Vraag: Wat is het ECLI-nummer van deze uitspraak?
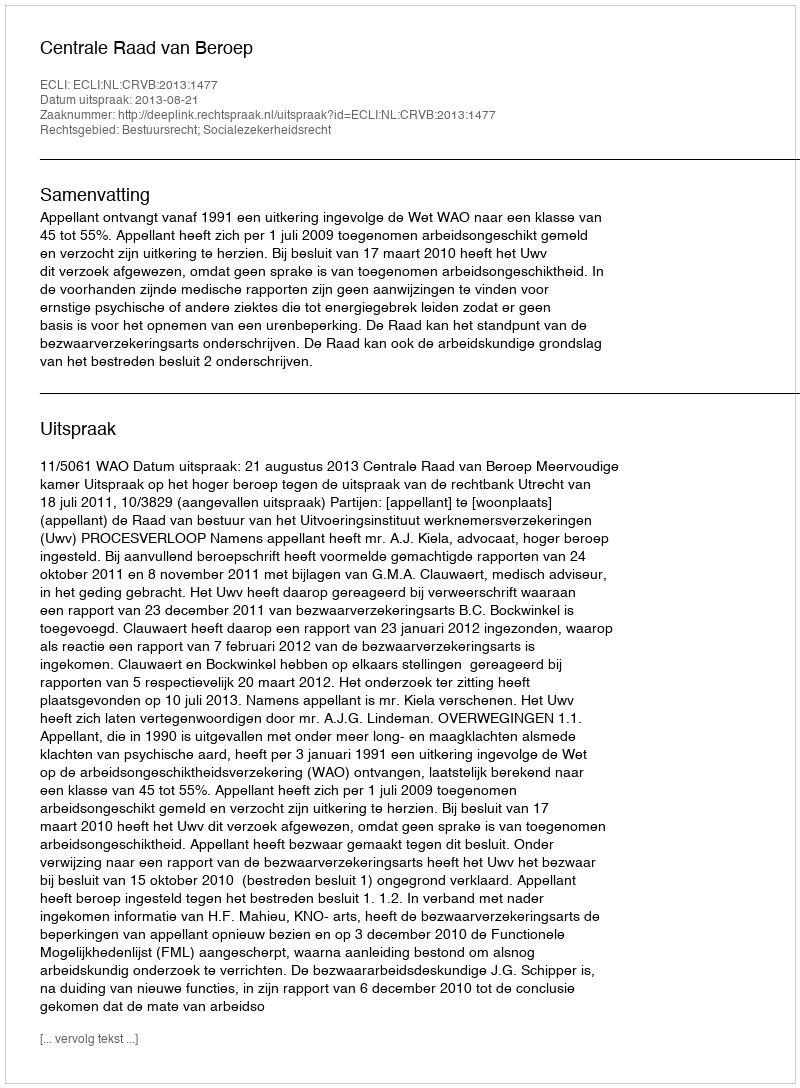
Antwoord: ECLI:NL:CRVB:2013:1477